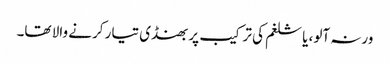
ورنہ آلو، یا شلغم کی ترکیب پر بھنڈی تیار کرنے والا تھا۔